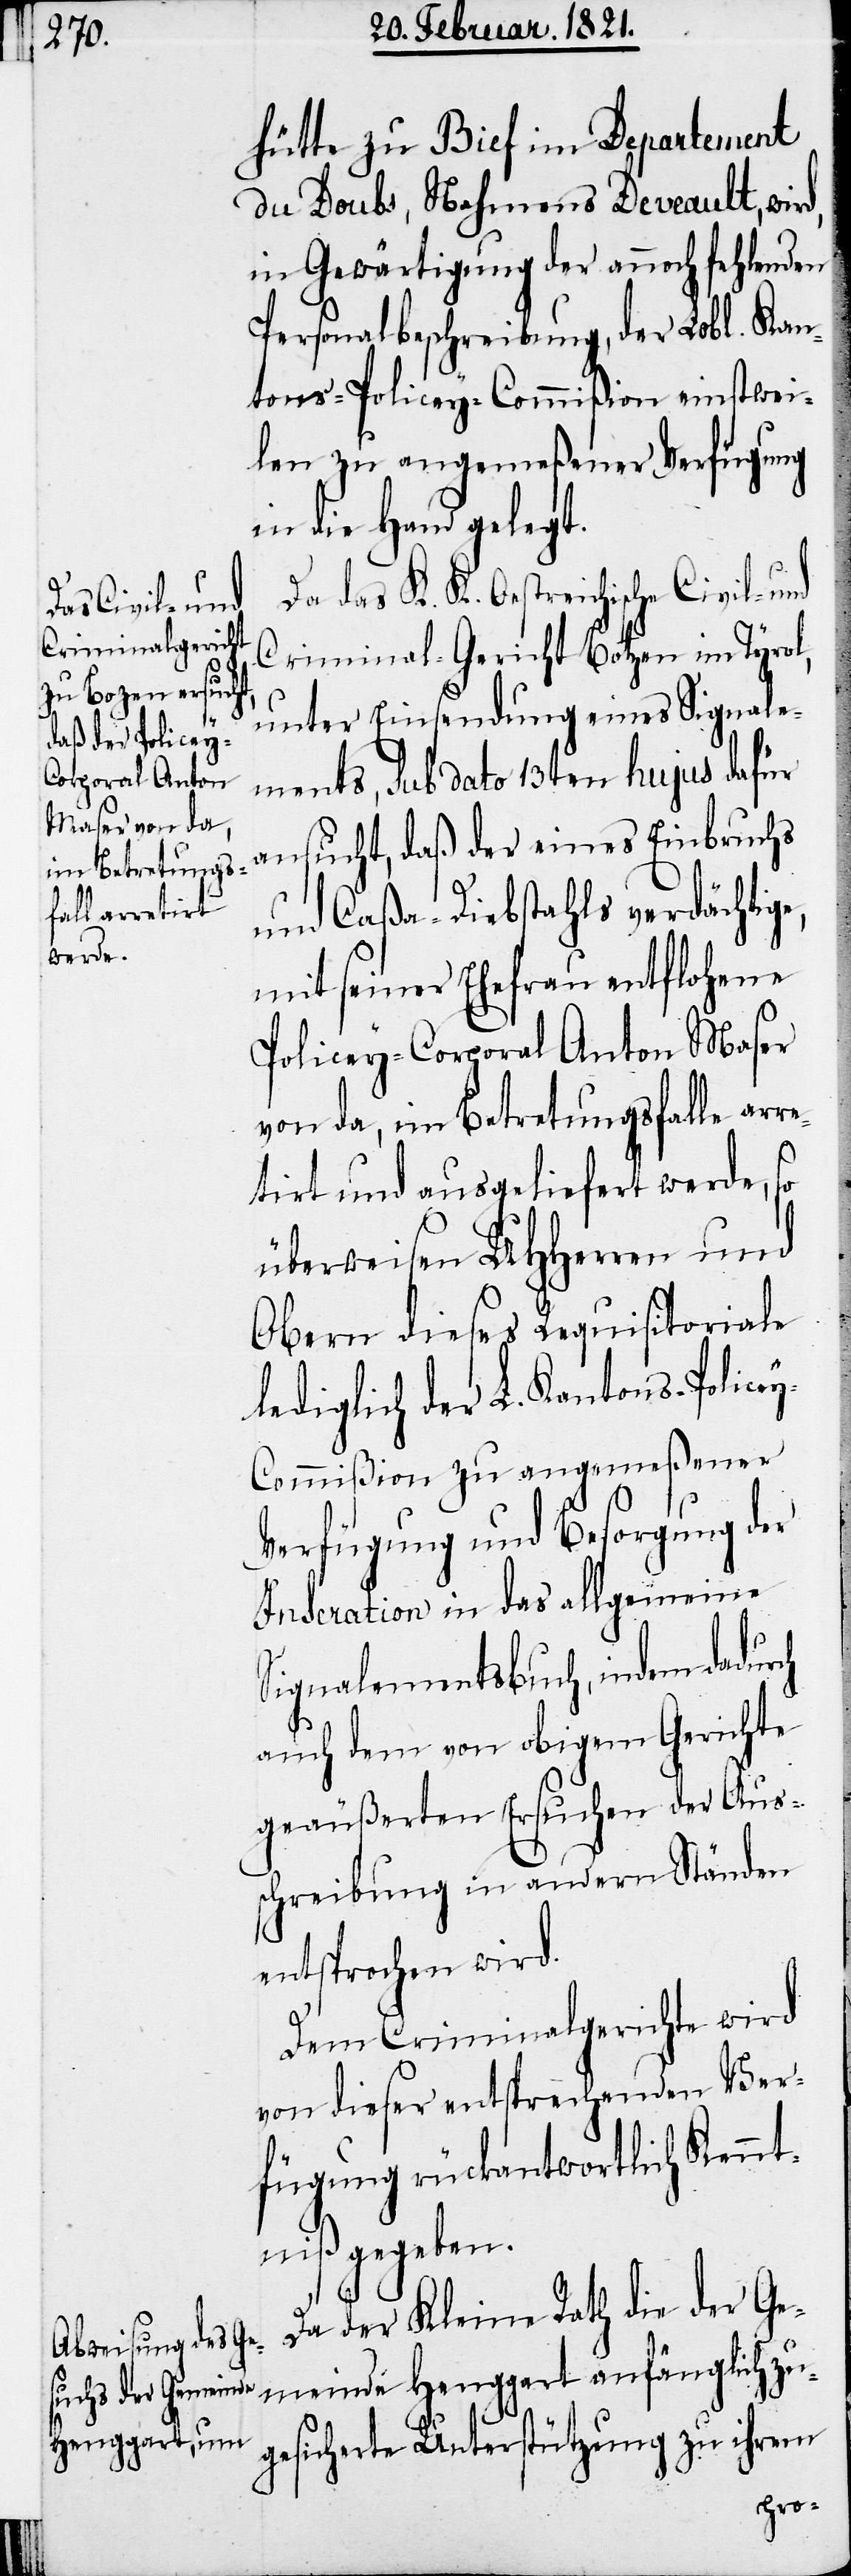
e Civil- und
Criminal-Gericht

hütte zu Bief im Departement
du Doubs, Nahmens Deveault, wir¬
in Gewärtigung der annoch fehlenden
Personalbeschreibung, der Lobl. Kan¬
tons-Policey-Commißion einstwei¬
len zu angemeßener Verfügung
in die Hand gelegt.
Da das K. K. Oestreichisch¬
e,
unter Einsendung eines Signale¬
ments, sub dato 13ten hujus dafür
ansucht, daß der eines Einbruchs
und Caßa-Diebstahls verdächtig¬
mit seiner Ehefrau entflohene
Policey-Corporal Anton Maser
von da, im Betretungsfalle arr¬
etirt und ausgeliefert werde,
überweisen UHHerren und
Obern dieses Requisitoriale
lediglich der L. Kantons-Police¬
y-Commißion zu angemeßener
Verfügung und Besorgung der
Inseration in das allgemeine
Signalementsbuch, indem dadurch
auch dem von obigem Gerichte
geäußerten Ersuchen der Aus¬
schreibung in andern Ständen
entsprochen wird.
Dem Criminalgerichte wird
von dieser entsprechenden Ver¬
fügung rückantwortlich Kennt¬
niß gegeben.
Da der Kleine Rath die der Ge¬
meinde Henggart anfänglich zu¬
gesicherte Unterstützung zu ihrem